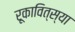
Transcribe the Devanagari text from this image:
रूकावित्स्या